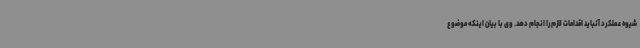
شیوه عملکرد آنباید اقدامات لازم را انجام دهد. وی با بیان اینکه موضوع